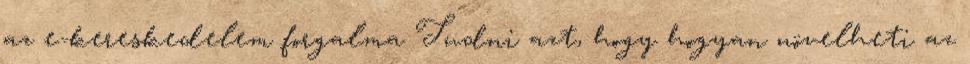
az e-kereskedelem forgalma Tudni azt, hogy hogyan növelheti az